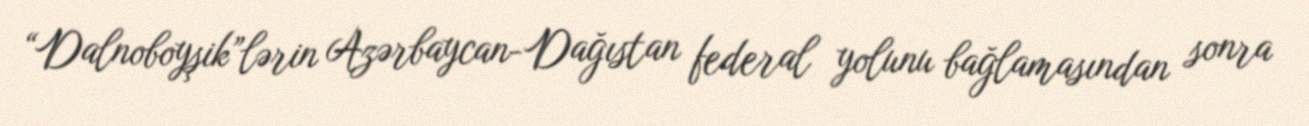
“Dalnoboyşik”lərin Azərbaycan-Dağıstan federal yolunu bağlamasından sonra